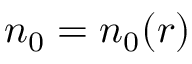
n _ { 0 } = n _ { 0 } ( r )